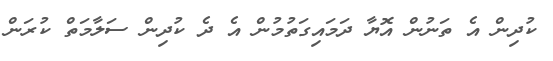
ކުދިން އެ ތަނުން އޮޔާ ދަމައިގަތުމުން އެ ދެ ކުދިން ސަލާމަތް ކުރަން